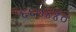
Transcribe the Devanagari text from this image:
६६७४४०